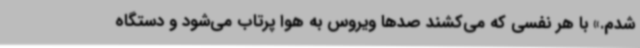
شدم.» با هر نفسی که می‌کشند صدها ویروس به‌ هوا پرتاب می‌شود و دستگاه